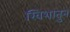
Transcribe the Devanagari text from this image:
खिशातुन